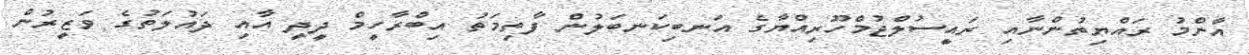
އާންމު ރައްޔިތުންނާއި ރައީސުލްޖުމްހޫރިއްޔާގެ އަނބިކަނބަލުން ފާތިމަތު އިބްރާހީމް ދީދީ އާއި ދައުލަތުގެ ވަޒީރުން